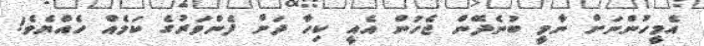
އެމީހުންނަށް ނާމީ ބުނެދޭން ޖެހުން އެއީ ކިހާ ދަށް ފެންވަރުގެ ކަމެއް ހެއްޔެވެ!